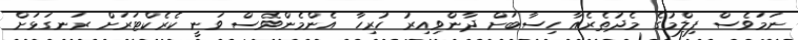
ނަމަވެސް ފިލްމުގެ މެދުތެރެއާ ހިސާބަށް ދާންވިއިރު ހުރިހާ އެންމެންވެސް ވަނީ ކެރެކްޓަރަށް ރަނގަޅަށް